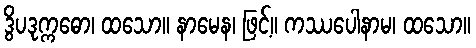
ဒွိပဒုက္ကဓော၊ ထသော။ နာမေန၊ ဖြင့်။ ကဿပေါနာမ၊ ထသော။